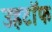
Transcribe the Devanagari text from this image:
उहटॉफ